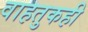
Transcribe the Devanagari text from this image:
वाहतुकही